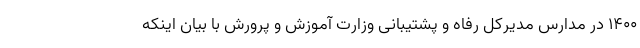
۱۴۰۰ در مدارس مدیرکل رفاه و پشتیبانی وزارت آموزش و پرورش با بیان اینکه